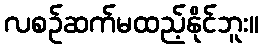
လစဉ်ဆက်မထည့်နိုင်ဘူး။